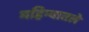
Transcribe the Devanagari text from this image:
महिन्यातले